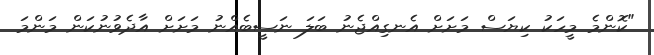
"ކޮންމެ މީހަކު ކިޔަސް މަށަށް އެނގިއްޖެނު ބަލަ ނަސީބެއްނު މަށަށް އާދެވުނުކަން މަންމަ